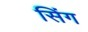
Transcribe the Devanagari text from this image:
सिंग